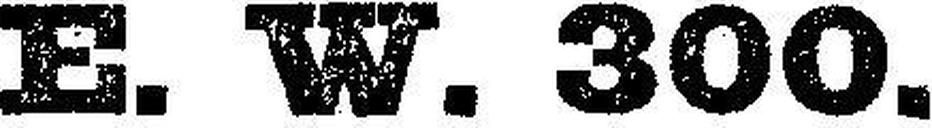
E. W. 300.